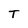
Character: T